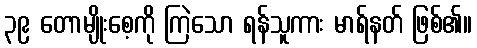
၃၉ တောမျိုးစေ့ကို ကြဲသော ရန်သူကား မာရ်နတ် ဖြစ်၏။